Annual report of the Punjab Veterinary College and of the Civil Veterinary Department, Punjab - 1920-1925
Year: 1920
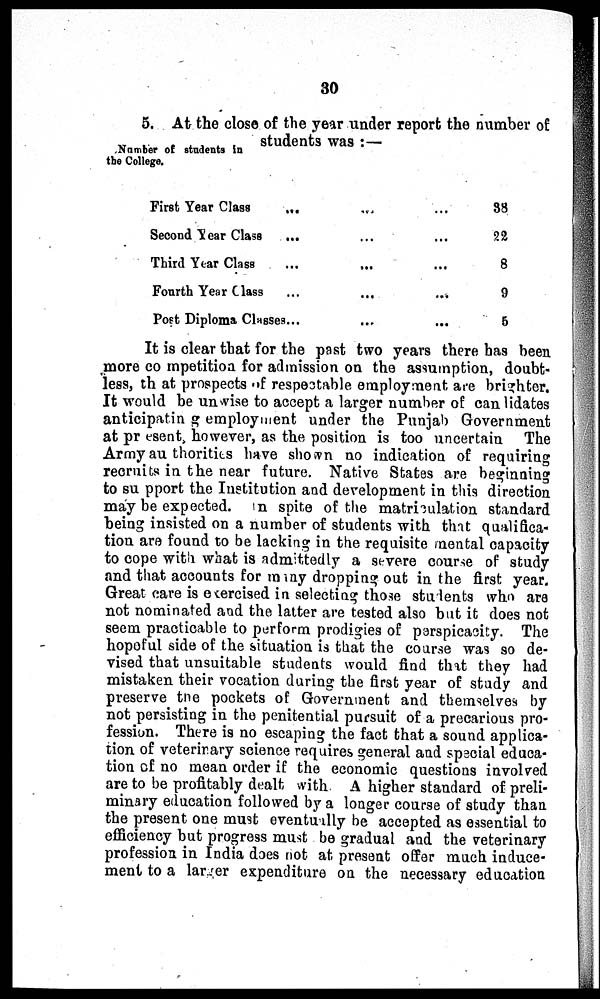
30
5. At the close of the year under report the number of
students was:—
Number of students in
the College.
First Year Class
Second Year Class
Third Year Class
Fourth Year Class
...
...
...
...
Post Diploma Classes ...
...
...
...
...
...
...
...
...
...
...
38
22
8
9
5
It is clear that for the past two years there has been
more co mpetition for admission on the assumption, doubt-
less, th at prospects of respectable employment are brighter.
It would be unwise to accept a larger number of candidates
anticipatin g employment under the Punjab Government
at pr esent, however, as the position is too uncertain The
Army au thorities have shown no indication of requiring
recruits in the near future. Native States are beginning
to su pport the Institution and development in this direction
may be expected. In spite of the matriculation standard
being insisted on a number of students with that qualifica-
tion are found to be lacking in the requisite mental capacity
to cope with what is admittedly a severe course of study
and that accounts for many dropping out in the first year.
Great care is exercised in selecting those students who are
not nominated and the latter are tested also but it does not
seem practicable to perform prodigies of parspicacity. The
hopeful side of the situation is that the course was so de-
vised that unsuitable students would find that they had
mistaken their vocation during the first year of study and
preserve the pockets of Government and themselves by
not persisting in the penitential pursuit of a precarious pro-
fession. There is no escaping the fact that a sound applica-
tion of veterinary science requires general and special educa-
tion of no mean order if the economic questions involved
are to be profitably dealt with. A higher standard of preli-
minary education followed by a longer course of study than
the present one must eventually be accepted as essential to
efficiency but progress must be gradual and the veterinary
profession in India does not at present offer much induce-
ment to a larger expenditure on the necessary education